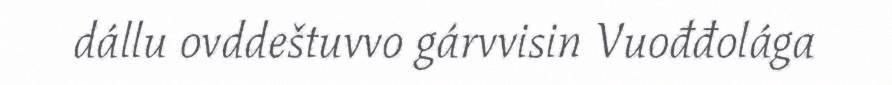
dállu ovddeštuvvo gárvvisin Vuođđolága